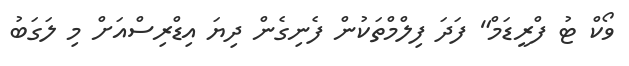
ވޯކް ޓު ފްރީޑަމް" ފަދަ ފިލްމްތަކުން ފެނިގެން ދިޔަ އިޑްރިސްއަށް މި ލަގަބު